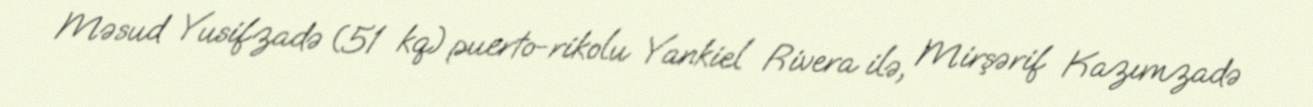
Məsud Yusifzadə (51 kq) puerto-rikolu Yankiel Rivera ilə, Mirşərif Kazımzadə